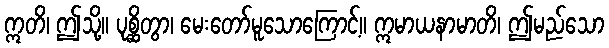
ဣတိ၊ ဤသို့။ ပုစ္ဆိတွာ၊ မေးတော်မူသောကြောင့်။ ဣမာယနာမာတိ၊ ဤမည်သော